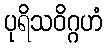
ပုရိသဝိဂ္ဂဟံ